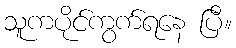
သူကပိုင်ကွက်ရနေ ပြီ။